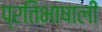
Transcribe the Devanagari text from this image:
प्रतिभाषाली